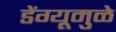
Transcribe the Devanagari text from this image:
डेंग्यूमुळे